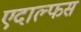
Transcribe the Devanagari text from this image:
एदाल्फस